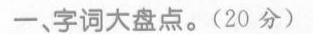
一、字词大盘点。(20分)